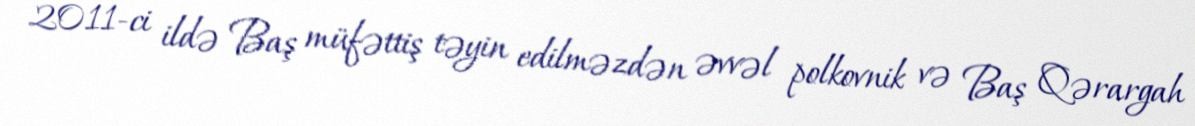
2011-ci ildə Baş müfəttiş təyin edilməzdən əvvəl polkovnik və Baş Qərargah